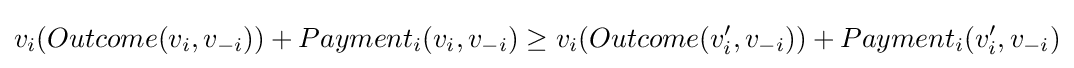
v_{i}(Outcome(v_{i},v_{-i}))+Payment_{i}(v_{i},v_{-i})\geq v_{i}(Outcome(v_{i}',v_{-i}))+Payment_{i}(v_{i}',v_{-i})